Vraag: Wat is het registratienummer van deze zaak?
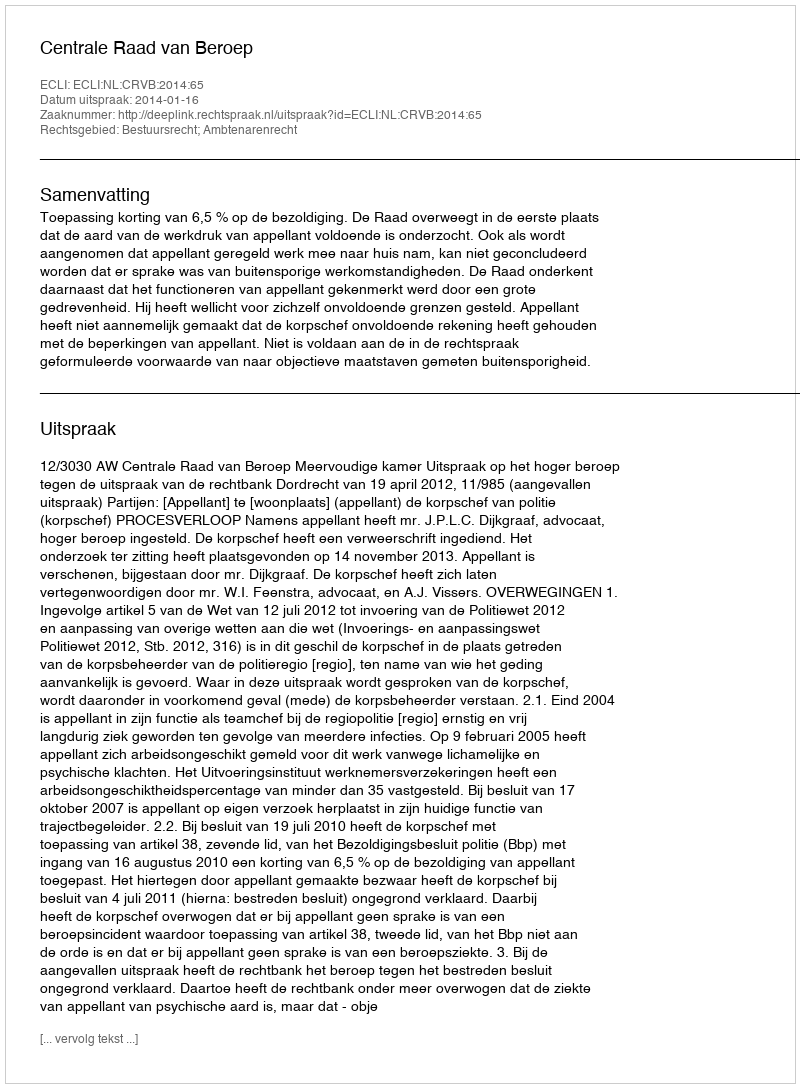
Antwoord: http://deeplink.rechtspraak.nl/uitspraak?id=ECLI:NL:CRVB:2014:65